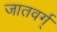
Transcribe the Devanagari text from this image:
जातवर्ग्